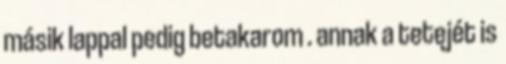
másik lappal pedig betakarom . annak a tetejét is